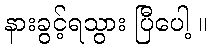
နားခွင့်ရသွား ပြီပေါ့ ။